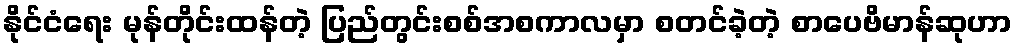
နိုင်ငံရေး မုန်တိုင်းထန်တဲ့ ပြည်တွင်းစစ်အစကာလမှာ စတင်ခဲ့တဲ့ စာပေဗိမာန်ဆုဟာ